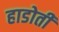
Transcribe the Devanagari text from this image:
हाडोती